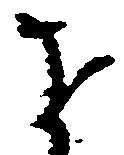
を